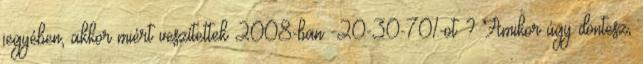
jegyében, akkor miért veszítettek 2008-ban -20-30-70%-ot ? Amikor úgy döntesz,